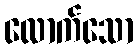
လောက်သော